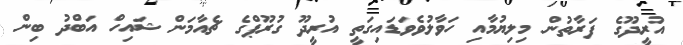
އުރީދޫގެ ފަރާތުން މިލިޔުމާއި ހަވާލުވެވަޑައިގަތީ އުރީދޫ ގުރޫޕްގެ ޗެއާމަން ޝައިހް އަބްދު ބިން